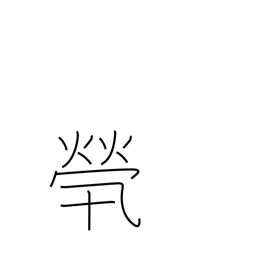
Meaning: without any family